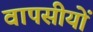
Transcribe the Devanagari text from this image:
वापसीयों